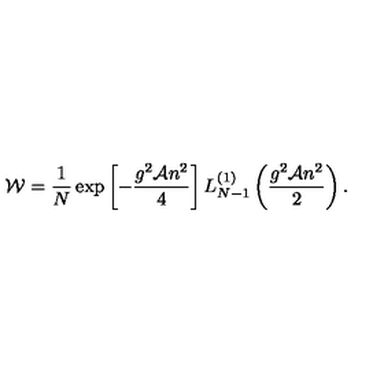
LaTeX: { \cal W } = \frac { 1 } { N } \exp \left[ - \frac { g ^ { 2 } { \cal A } n ^ { 2 } } 4 \right] L _ { N - 1 } ^ { ( 1 ) } \left( \frac { g ^ { 2 } { \cal A } n ^ { 2 } } { 2 } \right) .